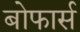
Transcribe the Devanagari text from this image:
बोफार्स